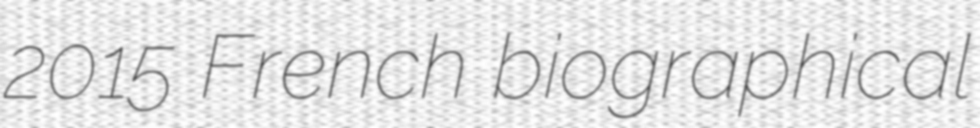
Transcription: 2015 French biographical